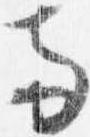
両